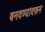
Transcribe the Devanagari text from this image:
बनवण्यावरून